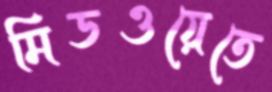
মিডওয়েতে